Annual statistical returns and brief notes on vaccination in Bengal - 1909-1929
Year: 1909
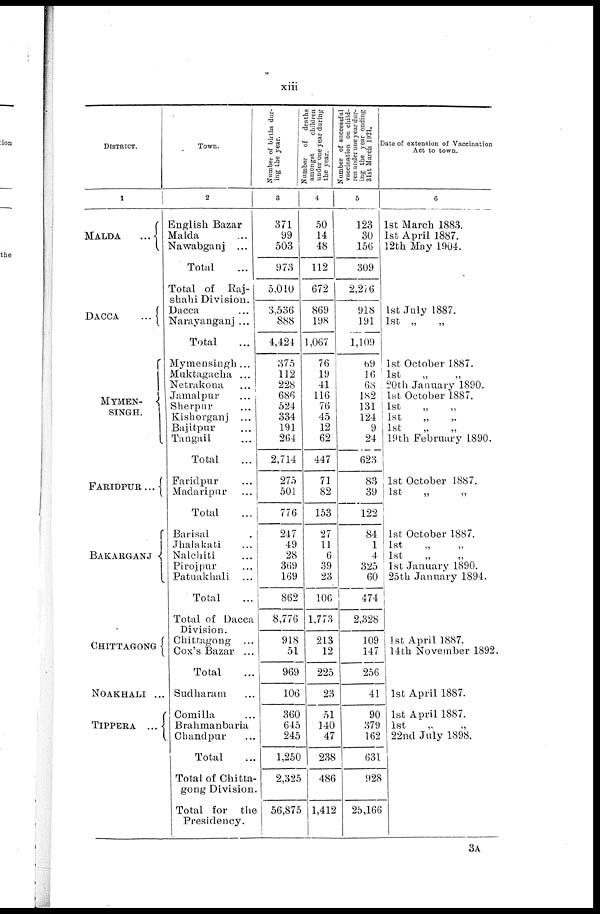
xiii
DISTRICT.
1
MALDA
...
DACCA
...
MYMEN¬
SINGH.
FARIDPUR ...
BAKARGANJ
CHITTAGONG
NOAKHALI ...
TIPPERA ...
Town.
2
English Bazar
Malda ...
Nawabganj ...
Total ...
Total of Raj¬
shahi Division.
Dacca ...
Narayanganj ...
Total ...
Mymensingh...
Muktagacha ...
Netrakona ...
Jamalpur ...
Sherpur ...
Kishorganj ...
Bajitpur ...
Tangail ...
Total ...
Faridpur ...
Madaripur ...
Total ...
Barisal ...
Jhalakati ...
Nalchiti ...
Pirojpur ...
Patuakhali ...
Total ...
Total of Dacca
Division.
Chittagong ...
Cox's Bazar ...
Total ...
Sudharam ...
Comilla ...
Brahmanbaria
Chandpur ...
Total ...
Total of Chitta-
gong Division.
Total for
the
Presidency.
Number of births dur-
ing the year.
3
371
99
503
973
5,010
3,536
888
4,424
375
112
228
686
524
334
191
264
2,714
275
501
776
247
49
28
369
169
862
8,776
918
51
969
106
360
645
245
1,250
2,325
56,875
Number of deaths
amongst
children
under one year during
the year.
4
50
14
48
112
672
869
198
1,067
76
19
41
116
76
45
12
62
447
71
82
153
27
11
6
39
23
106
1,773
213
12
225
23
51
140
47
238
486
1,412
Number of successful
vaccination on child-
ren under one year dur-
ing the year ending
31st March 1921.
5
123
30
156
309
2,276
918
191
1,109
69
16
68
182
131
124
9
24
623
83
39
122
84
1
4
325
60
474
2,328
109
147
256
41
90
379
162
631
928
25,166
Date of extension of Vaccination
Act to town.
6
1st March 1883.
1st April 1887.
12th May 1904.
1st July 1887.
1st „
„
1st October 1887.
1st
„
„
20th January 1890.
1st October 1887.
1st „ „
1st „ „
1st
„
„
19th February 1890.
1st October 1887.
1st
„ „
1st October 1887.
1st
„
„
1st
„
„
1st January 1890.
25th January 1894.
1st April 1887.
14th November 1892.
1st April 1887.
1st April 1887.
1st
„
„
22nd July 1898.
3A